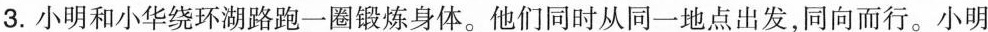
3.小明和小华绕环湖路跑一圈锻炼身体。他们同时从同一地点出发，同向而行。小明